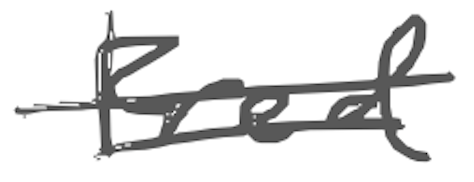
Text: Fred
Cross-out: double-line
Writing tool: digital_gray